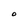
Character: O